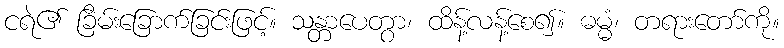
ငရဲ၏ ခြိမ်းခြောက်ခြင်းဖြင့်။ သန္တာပေတွာ၊ ထိန့်လန့်စေ၍။ ဓမ္မံ၊ တရားတော်ကို။